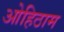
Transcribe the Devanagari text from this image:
ओहिठाम